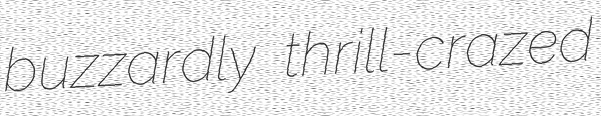
buzzardly thrill-crazed